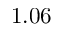
1 . 0 6